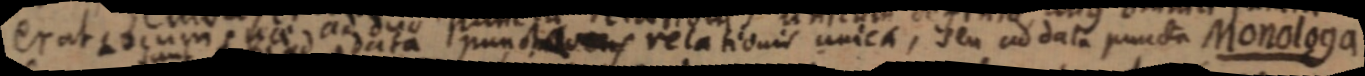
erat locum suae ad duo punctum relationis unica, seu ad data puncta Monologa